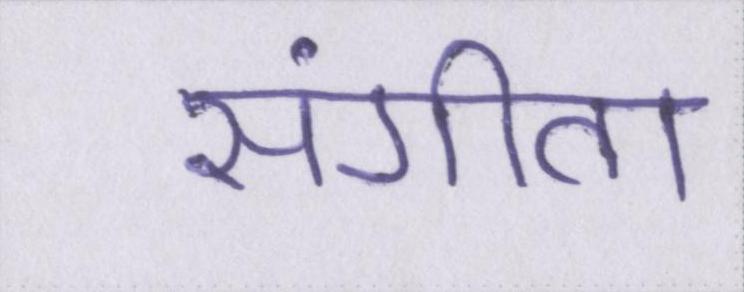
संगीता